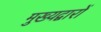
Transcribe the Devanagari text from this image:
मुख्यद्वारों